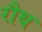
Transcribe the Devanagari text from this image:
रौथ